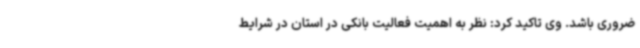
ضروری باشد. وی تاکید کرد: نظر به اهمیت فعالیت بانکی در استان در شرایط